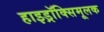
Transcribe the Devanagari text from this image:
हाइड्रॉक्सिमूलक